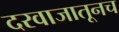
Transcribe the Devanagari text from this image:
दरवाजातूनच